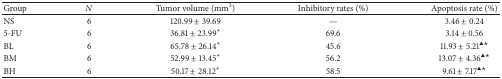
<table><thead><tr><td><b>Group</b></td><td><b><i>N</i></b></td><td><b>Tumor volume (mm<sup>3</sup>)</b></td><td><b>Inhibitory rates (%)</b></td><td><b>Apoptosis rate (%)</b></td></tr></thead><tbody><tr><td>NS</td><td>6</td><td>120.99 ± 39.69</td><td>—</td><td>3.46 ± 0.24</td></tr><tr><td>5-FU</td><td>6</td><td>36.81 ± 23.99<sup><i>∗</i></sup></td><td>69.6</td><td>3.14 ± 0.56</td></tr><tr><td>BL</td><td>6</td><td>65.78 ± 26.14<sup><i>∗</i></sup></td><td>45.6</td><td>11.93 ± 5.21<sup>▲★</sup></td></tr><tr><td>BM</td><td>6</td><td>52.99 ± 13.45<sup><i>∗</i></sup></td><td>56.2</td><td>13.07 ± 4.36<sup>▲★</sup></td></tr><tr><td>BH</td><td>6</td><td>50.17 ± 28.12<sup><i>∗</i></sup></td><td>58.5</td><td>9.61 ± 7.17<sup>▲★</sup></td></tr></tbody></table>